Medical and sanitary report of the native army of Bengal for the year
Year: 1878
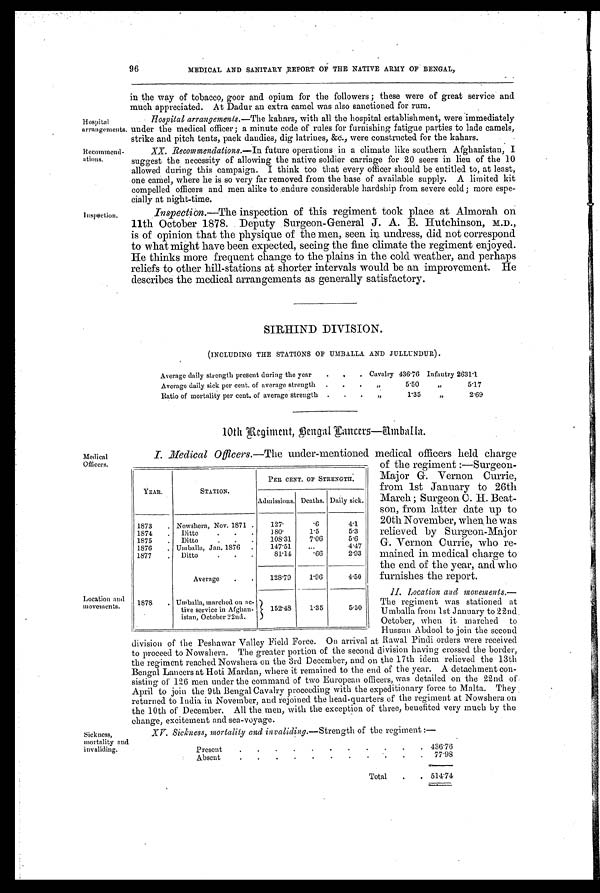
Hospital
arrangements.
Recommend-
ations.
96
MEDICAL AND SANITARY REPORT OF THE NATIVE ARMY OF BENGAL,
I nspection.
in the way of tobacco, goor and opium for the followers ; these were of great service and
much appreciated. At Dadur an extra camel was also sanctioned for rum.
Hospital arrangements. —The kahars, with all the hospital establishment, were immediately
under the medical officer; a minute code of rules for furnishing fatigue parties to lade camels,
strike and pitch tents, pack dandies, dig latrines, &c., were constructed for the kahars.
XX. Recommendations.—In future operations in a climate like southern Afghanistan, I
suggest the necessity of allowing the native soldier carriage for 20 seers in lieu of the 10
allowed during this campaign. I think too that every officer should be entitled to, at least,
one camel, where he is so very far removed from the base of available supply. A limited kit
compelled officers and men alike to endure considerable hardship from severe cold; more espe-
cially at night-time.
Inspection.—The inspection of this regiment took place at Almorah on
11th October 1878. Deputy Surgeon-General J. A. E. Hutchinson, M.D.,
is of opinion that the physique of the men, seen in undress, did not correspond
to what might have been expected, seeing the fine climate the regiment enjoyed.
He thinks more frequent change to the plains in the cold weather, and perhaps
reliefs to other hill-stations at shorter intervals would be an improvement. He
describes the medical arrangements as generally satisfactory.
Medical
Officers.
Location and
movements.
SIRHIND DIVISION.
(INCLUDING THE STATIONS OF UMBALLA AND JULLUNDUR).
Average daily strength present during the year . .
. Cavalry 436.76 Infantry 2631.1
Average daily sick per cent. of average strength . .
. , ,
5.50
„
5.17
Ratio of mortality per cent. of average strength . . . „
1.35
„
2.69
10th Regiment, Bengal Cancers—Umballa.
I. Medical Officers.—The under-mentioned medical officers held charge
of the regiment :—Surgeon-
Major G. Vernon Currie,
from 1st January to 26th
March ; Surgeon C. H Beat-
son, from latter date up to
20th November, when he was
relieved by Surgeon-Major
G. Vernon Currie, who re-
mained in medical charge to
the end of the year, and who
furnishes the report.
II. Location and movements.
— T h e r e g i m e n t w a s s t a t i o n e d a t
Umballa from 1st January to 22nd
October, when it marched to
Hussun Abdool to join the second
division of the Peshawar Valley Field Force. On arrival at Rawal Pindi orders were received
to proceed to Nowshera. The greater portion of the second division having crossed the border,
the regiment reached Nowshera on the 3rd December, and on the 17th idem relieved the 13th
Bengal Lancers at Hoti Mardan, where it remained to the end of the year. A detachment con-
sisting of 126 men under the command of two European officers, was detailed on the 22nd of.
April to join the 9th Bengal Cavalry proceeding with the expeditionary force to Malta. They
returned to India. in November, and rejoined the head-quarters of the regiment at Nowshera on
the 10th of December. All the men, with the exception of three, benefited very much by the
change, excitement and sea-voyage.
YEAR.
STATION.
PER CENT, OF STRENGTH.
Admissions. Deaths. Daily sick.
1873 . Nowshera, Nov. 1871 .
127.
. 6 4.1
1874 . Ditto
. . .
180.
1.5
5.3
1875 . Ditto
. . .
108.31
7.06
5.6
1876 . Umballa, Jan. 1876 .
147.51
...
4.47
1877
. Ditto
81.14
. 6 6 2.93
Average . .
128.79
1.96
4.50
1878 . Umballa, marched on ac-
tive service in Afghan-
istan, October 22nd.
152.48
1.35
5.50
Sickness,
mortality and
invaliding.
XV. Sickness, mortality and invaliding. —Strength of the regiment :—
Present
. . . . . . . . .
.
. 436.76
Absent
. .
. . . . . . .
.
. 77.98
Total .
. 5 1 4 . 7 4